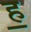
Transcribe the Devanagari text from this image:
ह॒